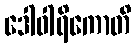
ဒေါဝါရိကောတိ